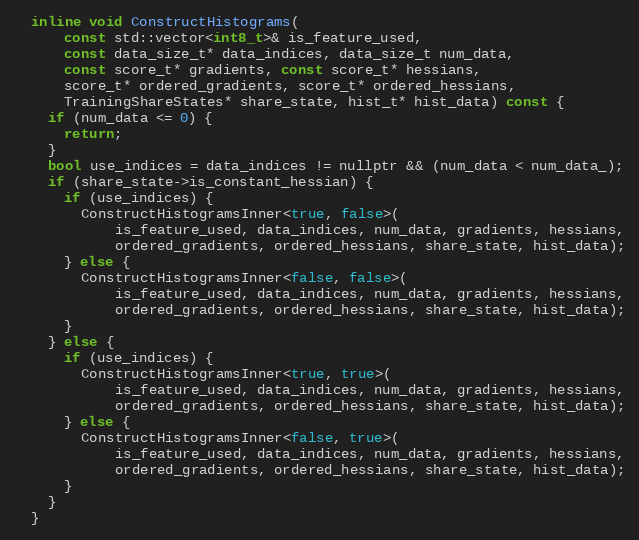
Language: C
  inline void ConstructHistograms(
      const std::vector<int8_t>& is_feature_used,
      const data_size_t* data_indices, data_size_t num_data,
      const score_t* gradients, const score_t* hessians,
      score_t* ordered_gradients, score_t* ordered_hessians,
      TrainingShareStates* share_state, hist_t* hist_data) const {
    if (num_data <= 0) {
      return;
    }
    bool use_indices = data_indices != nullptr && (num_data < num_data_);
    if (share_state->is_constant_hessian) {
      if (use_indices) {
        ConstructHistogramsInner<true, false>(
            is_feature_used, data_indices, num_data, gradients, hessians,
            ordered_gradients, ordered_hessians, share_state, hist_data);
      } else {
        ConstructHistogramsInner<false, false>(
            is_feature_used, data_indices, num_data, gradients, hessians,
            ordered_gradients, ordered_hessians, share_state, hist_data);
      }
    } else {
      if (use_indices) {
        ConstructHistogramsInner<true, true>(
            is_feature_used, data_indices, num_data, gradients, hessians,
            ordered_gradients, ordered_hessians, share_state, hist_data);
      } else {
        ConstructHistogramsInner<false, true>(
            is_feature_used, data_indices, num_data, gradients, hessians,
            ordered_gradients, ordered_hessians, share_state, hist_data);
      }
    }
  }